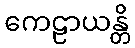
ကေဠာယန္တိ